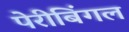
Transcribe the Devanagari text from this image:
पेरीबिंगल